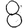
Digit: 8